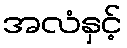
အလံနှင့်